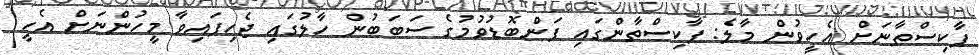
ޕާކިސްތާނަށް އެހީވުން މާލެ: ޕާކިސްތާންގައި ފަންބޮޑުވުމުގެ ސަބަބުން ހާލުގައި ޖެހިފައިވާ މީހުންނަށް އެހީ